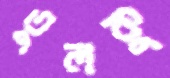
তুলকু